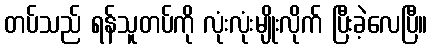
တပ်သည် ရန်သူတပ်ကို လုံးလုံးမျိုးလိုက် ပြီးခဲ့လေပြီ။